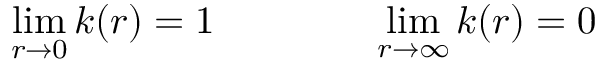
\operatorname * { l i m } _ { r \rightarrow 0 } k ( r ) = 1 \qquad \qquad \operatorname * { l i m } _ { r \rightarrow \infty } k ( r ) = 0